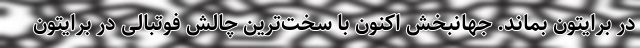
در برایتون بماند. جهانبخش اکنون با سخت‌ترین چالش فوتبالی در برایتون